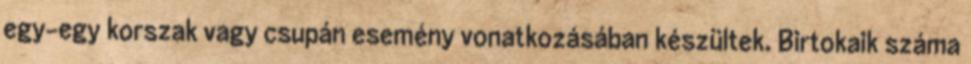
egy-egy korszak vagy csupán esemény vonatkozásában készültek. Birtokaik száma